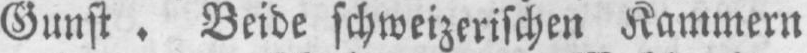
Gunst. Beide schweizerischen Kammern